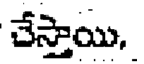
చేస్తాయి,